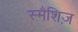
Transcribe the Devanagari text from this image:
स्मैशिज़